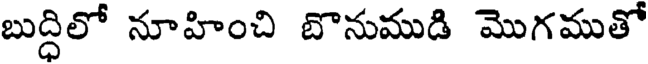
బుద్ధిలో నూహించి బొనుముడి మొగముతో